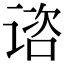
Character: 谘